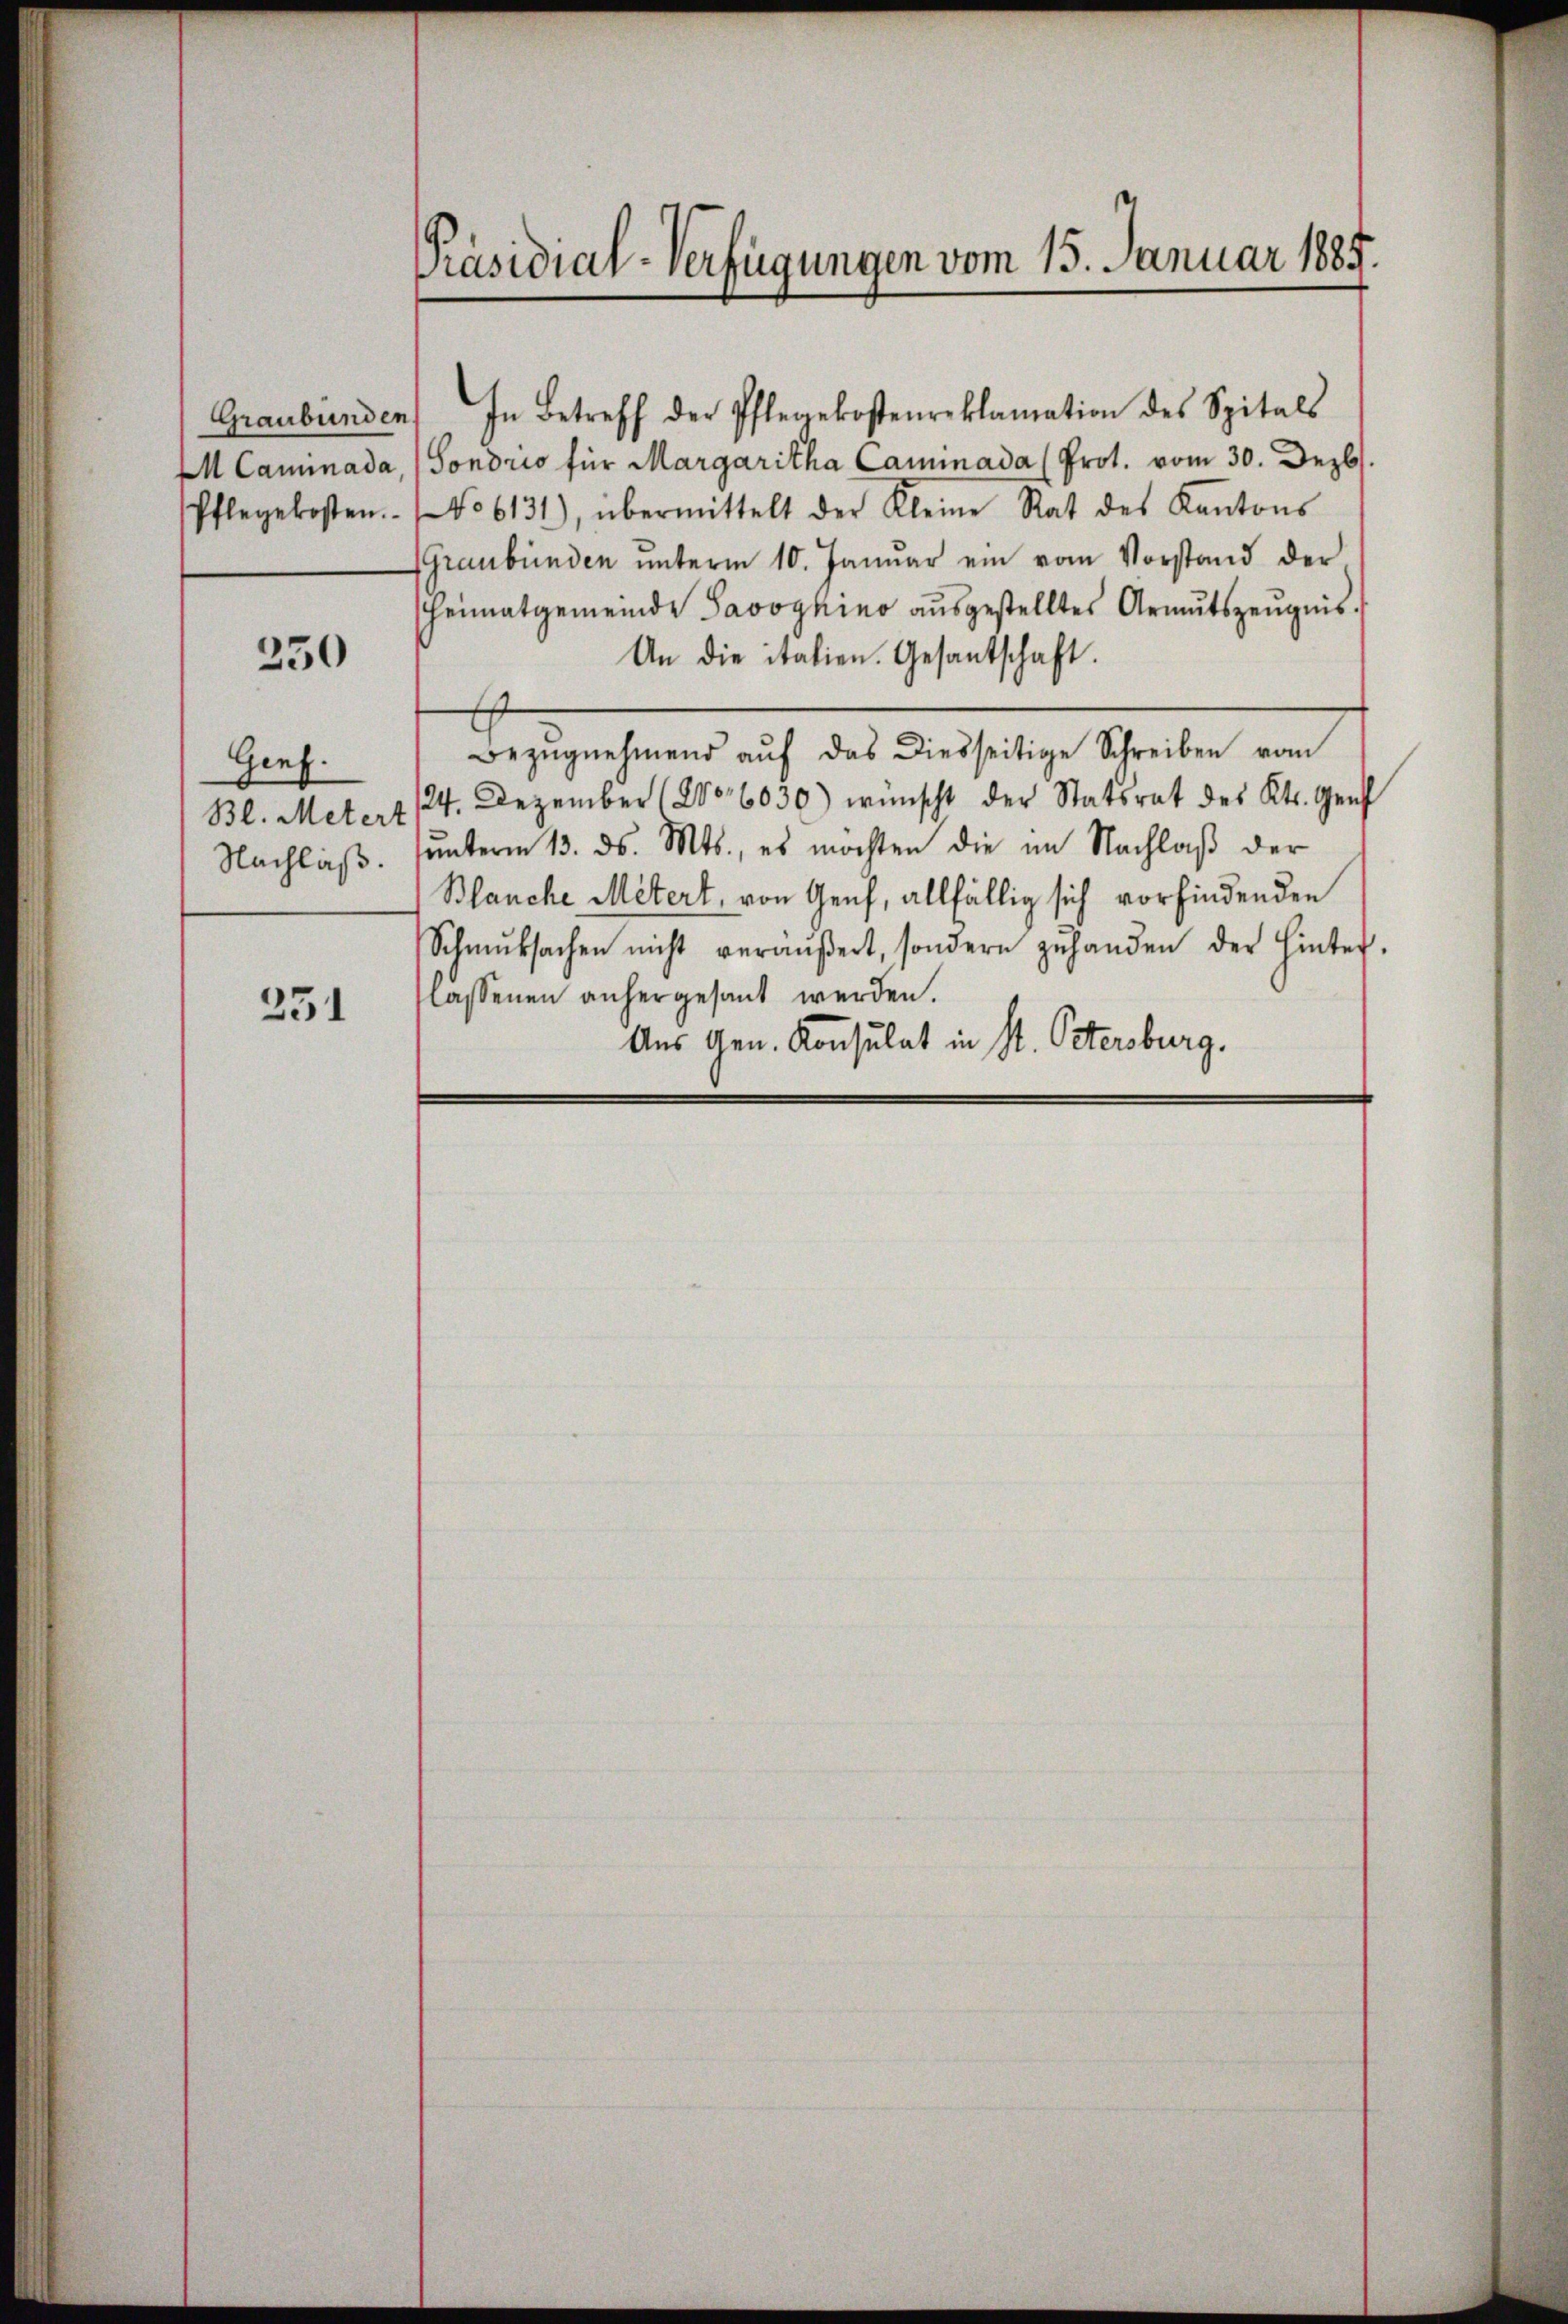
Graubünden
M Camnada
Pflegekosten.

250

Gies.
Bl. Metert
Nachlaß.

231

Präsidial-Verfügungen vom 15. Januar 1885.

In Betreff der Pflegekostenreklamation des Spitals
Sondrio für Margaritha Cammnada (Prot. vom 30. Dezb
No 6131), übermittelt der Kleine Rat des Kantons
GGraubünden ŭnterm 10. Januar ein vom Vorstand derheimatgemeinde Savoykino ausgestelltes Armutszeugnis.
An die italien. Gesantschaft.
Bezŭgnehmend aŭf das diesseitige Schreiben vom
24. Dezember (2006030) wünscht der Statsrat des Kts. Genf
sunterm 13. ds. Mts., es möchten die im Nachlaß der
Blanche Mitert, von Genf, allfällig sich vorfindenden
Schmutsachen nicht veräŭβert, sondern zŭ handen der Hinter-
lassenen anhergesant werden.
Aus Gen. Konsulat in St. Petersburg.